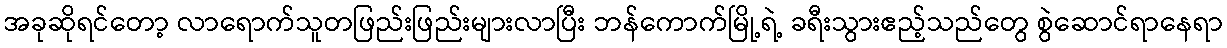
အခုဆိုရင်တော့ လာရောက်သူတဖြည်းဖြည်းများလာပြီး ဘန်ကောက်မြို့ရဲ့ ခရီးသွားဧည့်သည်တွေ စွဲဆောင်ရာနေရာ